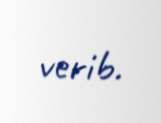
verib.